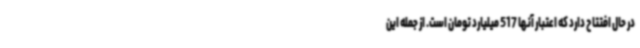
در حال افتتاح دارد که اعتبار آنها 517 میلیارد تومان است. از جمله این